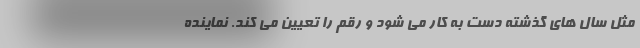
مثل سال های گذشته دست به کار می شود و رقم را تعیین می کند. نماینده